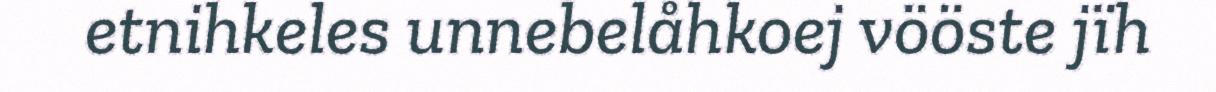
etnihkeles unnebelåhkoej vööste jïh